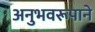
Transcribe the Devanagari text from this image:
अनुभवरूपाने